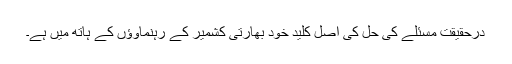
درحقیقت مسئلے کی حل کی اصل کلید خود بھارتی کشمیر کے رہنماوؤں کے ہاتھ میں ہے۔